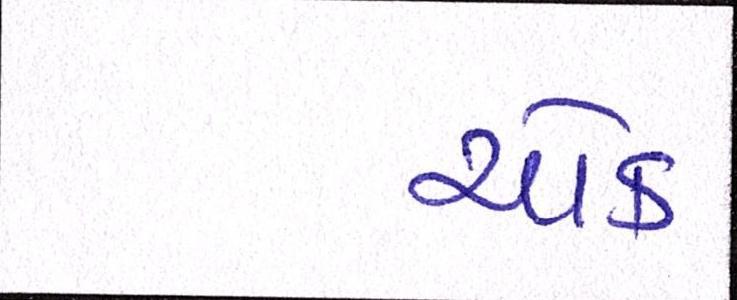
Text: ચોક